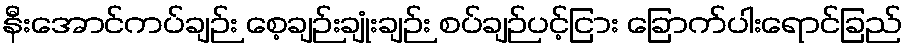
နီးအောင်ကပ်ချဉ်း စေ့ချဉ်းချုံးချဉ်း စပ်ချဉ်ပင့်ငြား ခြောက်ပါးရောင်ခြည်